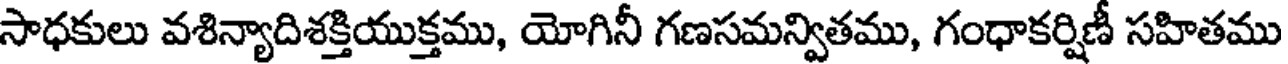
సాధకులు వశిన్యాదిశక్తియుక్తము, యోగినీ గణసమన్వితము, గంధాకర్షిణీ సహితము